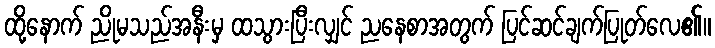
ထို့နောက် ညိုမသည်အနီးမှ ထသွားပြီးလျှင် ညနေစာအတွက် ပြင်ဆင်ချက်ပြုတ်လေ၏။